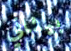
بيثاني